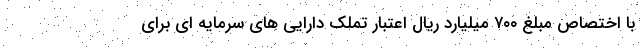
با اختصاص مبلغ ۷۰۰ میلیارد ریال اعتبار تملک دارایی های سرمایه ای برای